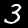
Digit: 3